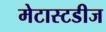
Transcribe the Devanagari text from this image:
मेटास्टडीज